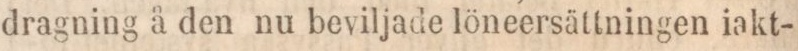
dragning å den nu beviljade löneersättningen iakt-